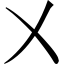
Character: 㐅